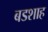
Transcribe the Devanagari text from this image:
बडशाह